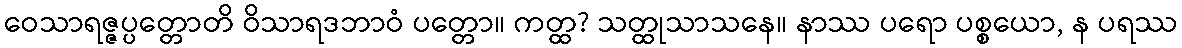
ဝေသာရဇ္ဇပ္ပတ္တောတိ ဝိသာရဒဘာဝံ ပတ္တော။ ကတ္ထ? သတ္ထုသာသနေ။ နာဿ ပရော ပစ္စယော, န ပရဿ